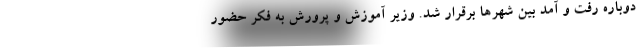
دوباره رفت و آمد بین شهرها برقرار شد. وزیر آموزش و پرورش به فکر حضور